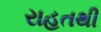
રાહતથી